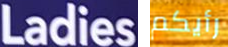
Ladies رأيكم